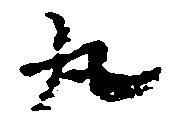
丸